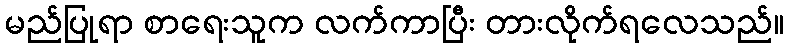
မည်ပြုရာ စာရေးသူက လက်ကာပြီး တားလိုက်ရလေသည်။